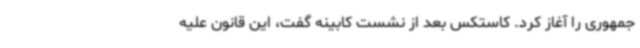
جمهوری را آغاز کرد. کاستکس بعد از نشست کابینه گفت، این قانون علیه